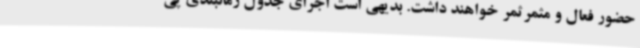
حضور فعال و مثمرثمر خواهند داشت. بدیهی است اجرای جدول زمانبندی پی